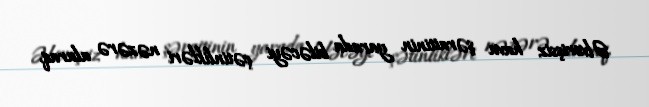
Əlverişsiz hava şəraitinin yarada biləcəyi çətinlikləri nəzərə alaraq,